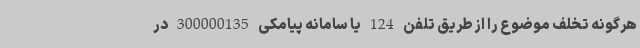
هرگونه تخلف موضوع را از طریق تلفن 124 یا سامانه پیامکی 300000135 در